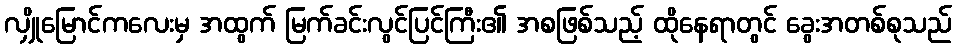
လျှိုမြောင်ကလေးမှ အထွက် မြက်ခင်းလွင်ပြင်ကြီး၏ အစဖြစ်သည့် ထိုနေရာတွင် ခွေးအတစ်စုသည်